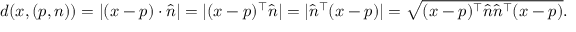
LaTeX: d ( x , ( p , n ) ) = | ( x - p ) \cdot { \hat { n } } | = | ( x - p ) ^ { \top } { \hat { n } } | = | { \hat { n } } ^ { \top } ( x - p ) | = { \sqrt { ( x - p ) ^ { \top } { \hat { n } } { \hat { n } } ^ { \top } ( x - p ) } } .